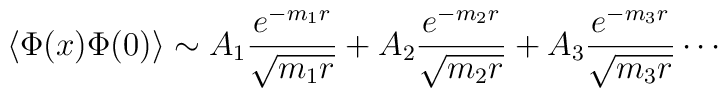
\langle \Phi(x) \Phi(0) \rangle \sim A_1 \frac{e^{-m_1 r}}{\sqrt{m_1 r}} + A_2 \frac{e^{-m_2 r}}{\sqrt{m_2 r}} + A_3 \frac{e^{-m_3 r}}{\sqrt{m_3 r}} \cdots